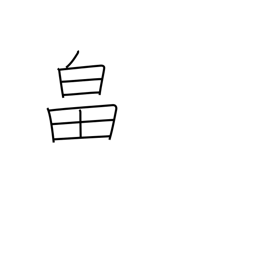
Meaning: farm